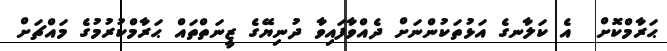
ޙަރާމްކޮށް  އެ ކަލާނގެ އަޅުތަކުންނަށް ދެއްވާފައިވާ ދުނިޔޭގެ ޒީނަތްތައް ޙަރާމްކުރުމުގެ މައްޗަށް